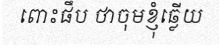
ពោះផឹប ថាចុមខ្ញុំឆ្លើយ